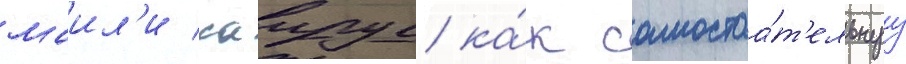
маил'и саирус ка́к самостоа́т'ельнуу